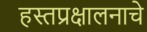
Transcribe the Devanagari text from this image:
हस्तप्रक्षालनाचे